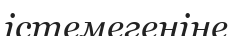
істемегеніне